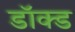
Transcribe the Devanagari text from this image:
डॉक्ड